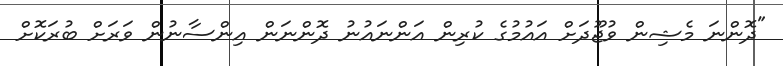
"ދޮންނަ މެޝިން ވުޖޫދަށް އައުމުގެ ކުރިން އަންނައުނު ދޮންނަން އިންސާނުން ވަރަށް ބުރަކޮށް